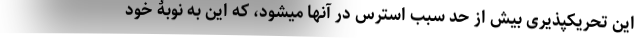
این تحریکپذیری بیش از حد سبب استرس در آنها میشود، که این به نوبۀ خود